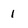
Character: 1